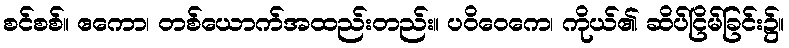
စင်စစ်။ ဧကော၊ တစ်ယောက်အထည်းတည်း။ ပဝိဝေကေ၊ ကိုယ်၏ ဆိပ်ငြိမ်ခြင်း၌။